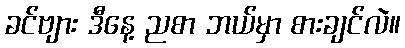
ခင်ဗျား ဒီနေ့ ညစာ ဘယ်မှာ စားချင်လဲ။